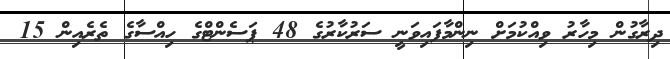
ދިރާގުން މިހާރު ވިއްކުމަށް ނިންމާފައިވަނީ ސަރުކާރުގެ 48 ޕަސެންޓްގެ ހިއްސާގެ ތެރެއިން 15